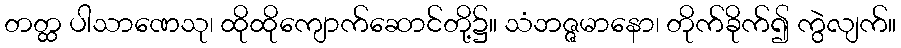
တတ္ထ ပါသာဏေသု၊ ထိုထိုကျောက်ဆောင်တို့၌။ သံဘဇ္ဇမာနော၊ တိုက်ခိုက်၍ ကွဲလျက်။